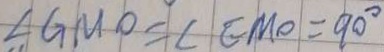
\angle G M O = \angle E M O = 9 0 ^ { \circ }